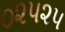
૦૨૫૨૫